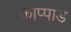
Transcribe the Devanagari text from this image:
काप्पाड